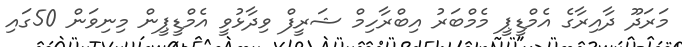
މަރަދޫ ދާއިރާގެ އެމްޑީޕީ މެމްބަރު އިބްރާހިމް ޝަރީފް ވިދާޅުވީ އެމްޑީޕީން މިނިވަން 50ގައި